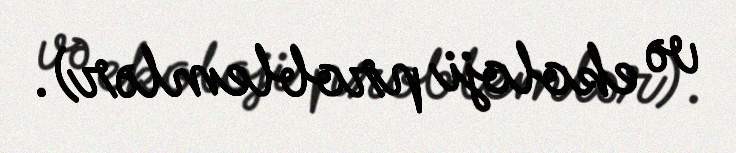
və ekoloji problemlər).